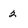
Character: 2